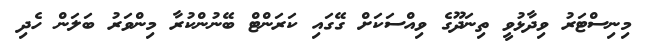
މިނިސްޓަރު ވިދާޅުވީ ތިނަދޫގެ ވިއްސަކަށް ގޭގައި ކަރަންޓް ބޭނުންކުރާ މިންވަރު ބަލަން ހެދި